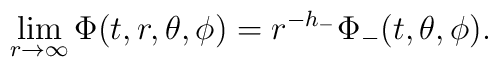
\lim_{r\rightarrow \infty}\Phi(t,r,\theta,\phi) =r^{-h_{-}}\Phi_{-}(t,\theta,\phi).